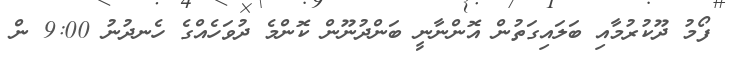
ފޯމު ދޫކުރުމާއި ބަލައިގަތުން އޮންނާނީ ބަންދުނޫން ކޮންމެ ދުވަހެއްގެ ހެނދުނު 9:00 ން